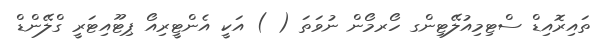
ތައިރޮއިޑް ސްޓިމިއުލޭޓިންގ ހޯރމޯން ނުވަތަ ( ) އަކީ އެންޓީރިއޯ ޕިޓޫއިޓަރީ ގްލޭންޑް